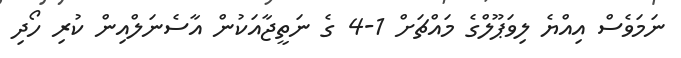
ނަމަވެސް އިއްޔެ ލިވަޕޫލްގެ މައްޗަށް 1-4 ގެ ނަތީޖާއަކުން އާސެނަލްއިން ކުރި ހޯދި